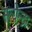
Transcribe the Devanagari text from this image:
सत्येन्द्र।